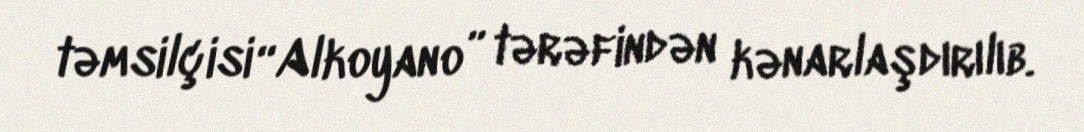
təmsilçisi “Alkoyano” tərəfindən kənarlaşdırılıb.